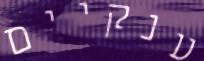
ענקיים